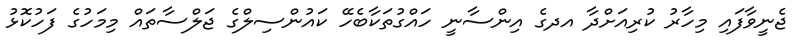
ޖެނީވާފައި މިހާރު ކުރިއަށްދާ އދގެ އިންސާނީ ހައްގުތަކާބެހޭ ކައުންސިލްގެ ޖަލްސާތައް މިމަހުގެ ފަހުކޮޅު